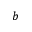
b